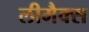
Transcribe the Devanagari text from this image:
लीमैक्स